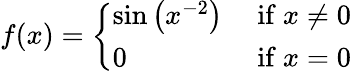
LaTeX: f(x)={\left\{ \begin{array}{ll}{\sin\left(x^{-2}\right)}&{{\mathrm{~if~}}x\neq 0}\\ {0}&{{\mathrm{~if~}}x=0}\end{array}\right.}